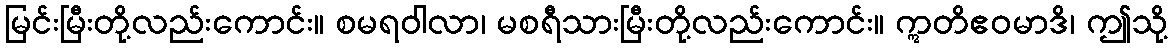
မြင်းမြီးတို့လည်းကောင်း။ စမရဝါလာ၊ မစရီသားမြီးတို့လည်းကောင်း။ ဣတိဧဝမာဒိ၊ ဤသို့